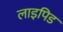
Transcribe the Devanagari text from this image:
लाइपिड